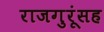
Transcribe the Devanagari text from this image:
राजगुरूंसह